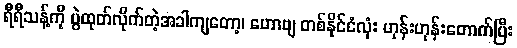
ရီရီသန့်ကို ပွဲထုတ်လိုက်တဲ့အခါကျတော့၊ ဟောဗျ တစ်နိုင်ငံလုံး ဟုန်းဟုန်းတောက်ပြီး